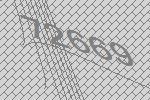
72669